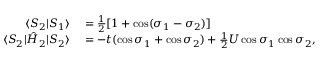
\begin{array} { r l } { \langle S _ { 2 } | S _ { 1 } \rangle } & { { } = \frac { 1 } { 2 } [ 1 + \cos ( \sigma _ { 1 } - \sigma _ { 2 } ) ] } \\ { \langle S _ { 2 } | \hat { H } _ { 2 } | S _ { 2 } \rangle } & { { } = - t ( \cos \sigma _ { 1 } + \cos \sigma _ { 2 } ) + \frac { 1 } { 2 } U \cos \sigma _ { 1 } \cos \sigma _ { 2 } , } \end{array}